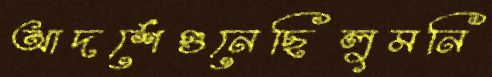
আদর্শেগুনেছিলুমনি